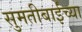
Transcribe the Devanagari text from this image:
सुमतीबाईंच्या